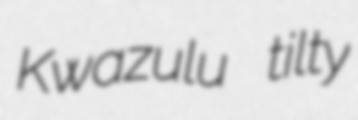
Kwazulu tilty